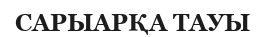
САРЫАРҚА ТАУЫ